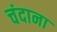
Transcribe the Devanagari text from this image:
चंदाना